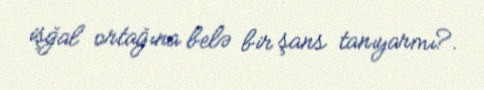
işğal ortağına belə bir şans tanıyarmı?.